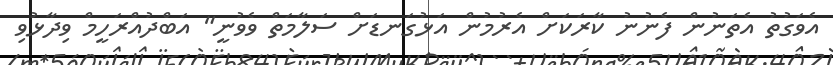
އެވަގުތު އެތަނުން ފެނުނު ކާރަކަށް އެރުމުން އަޅުގަނޑަށް ސަލާމަތް ވެވުނީ" އަބްދުއްރަހީމް ވިދާޅުވި